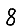
Digit: 8